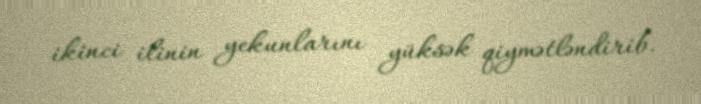
ikinci ilinin yekunlarını yüksək qiymətləndirib.